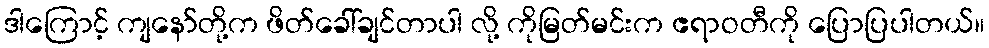
ဒါကြောင့် ကျနော်တို့က ဖိတ်ခေါ်ချင်တာပါ လို့ ကိုမြတ်မင်းက ဧရာဝတီကို ပြောပြပါတယ်။